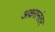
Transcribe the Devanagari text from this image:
अक्षरानंतर